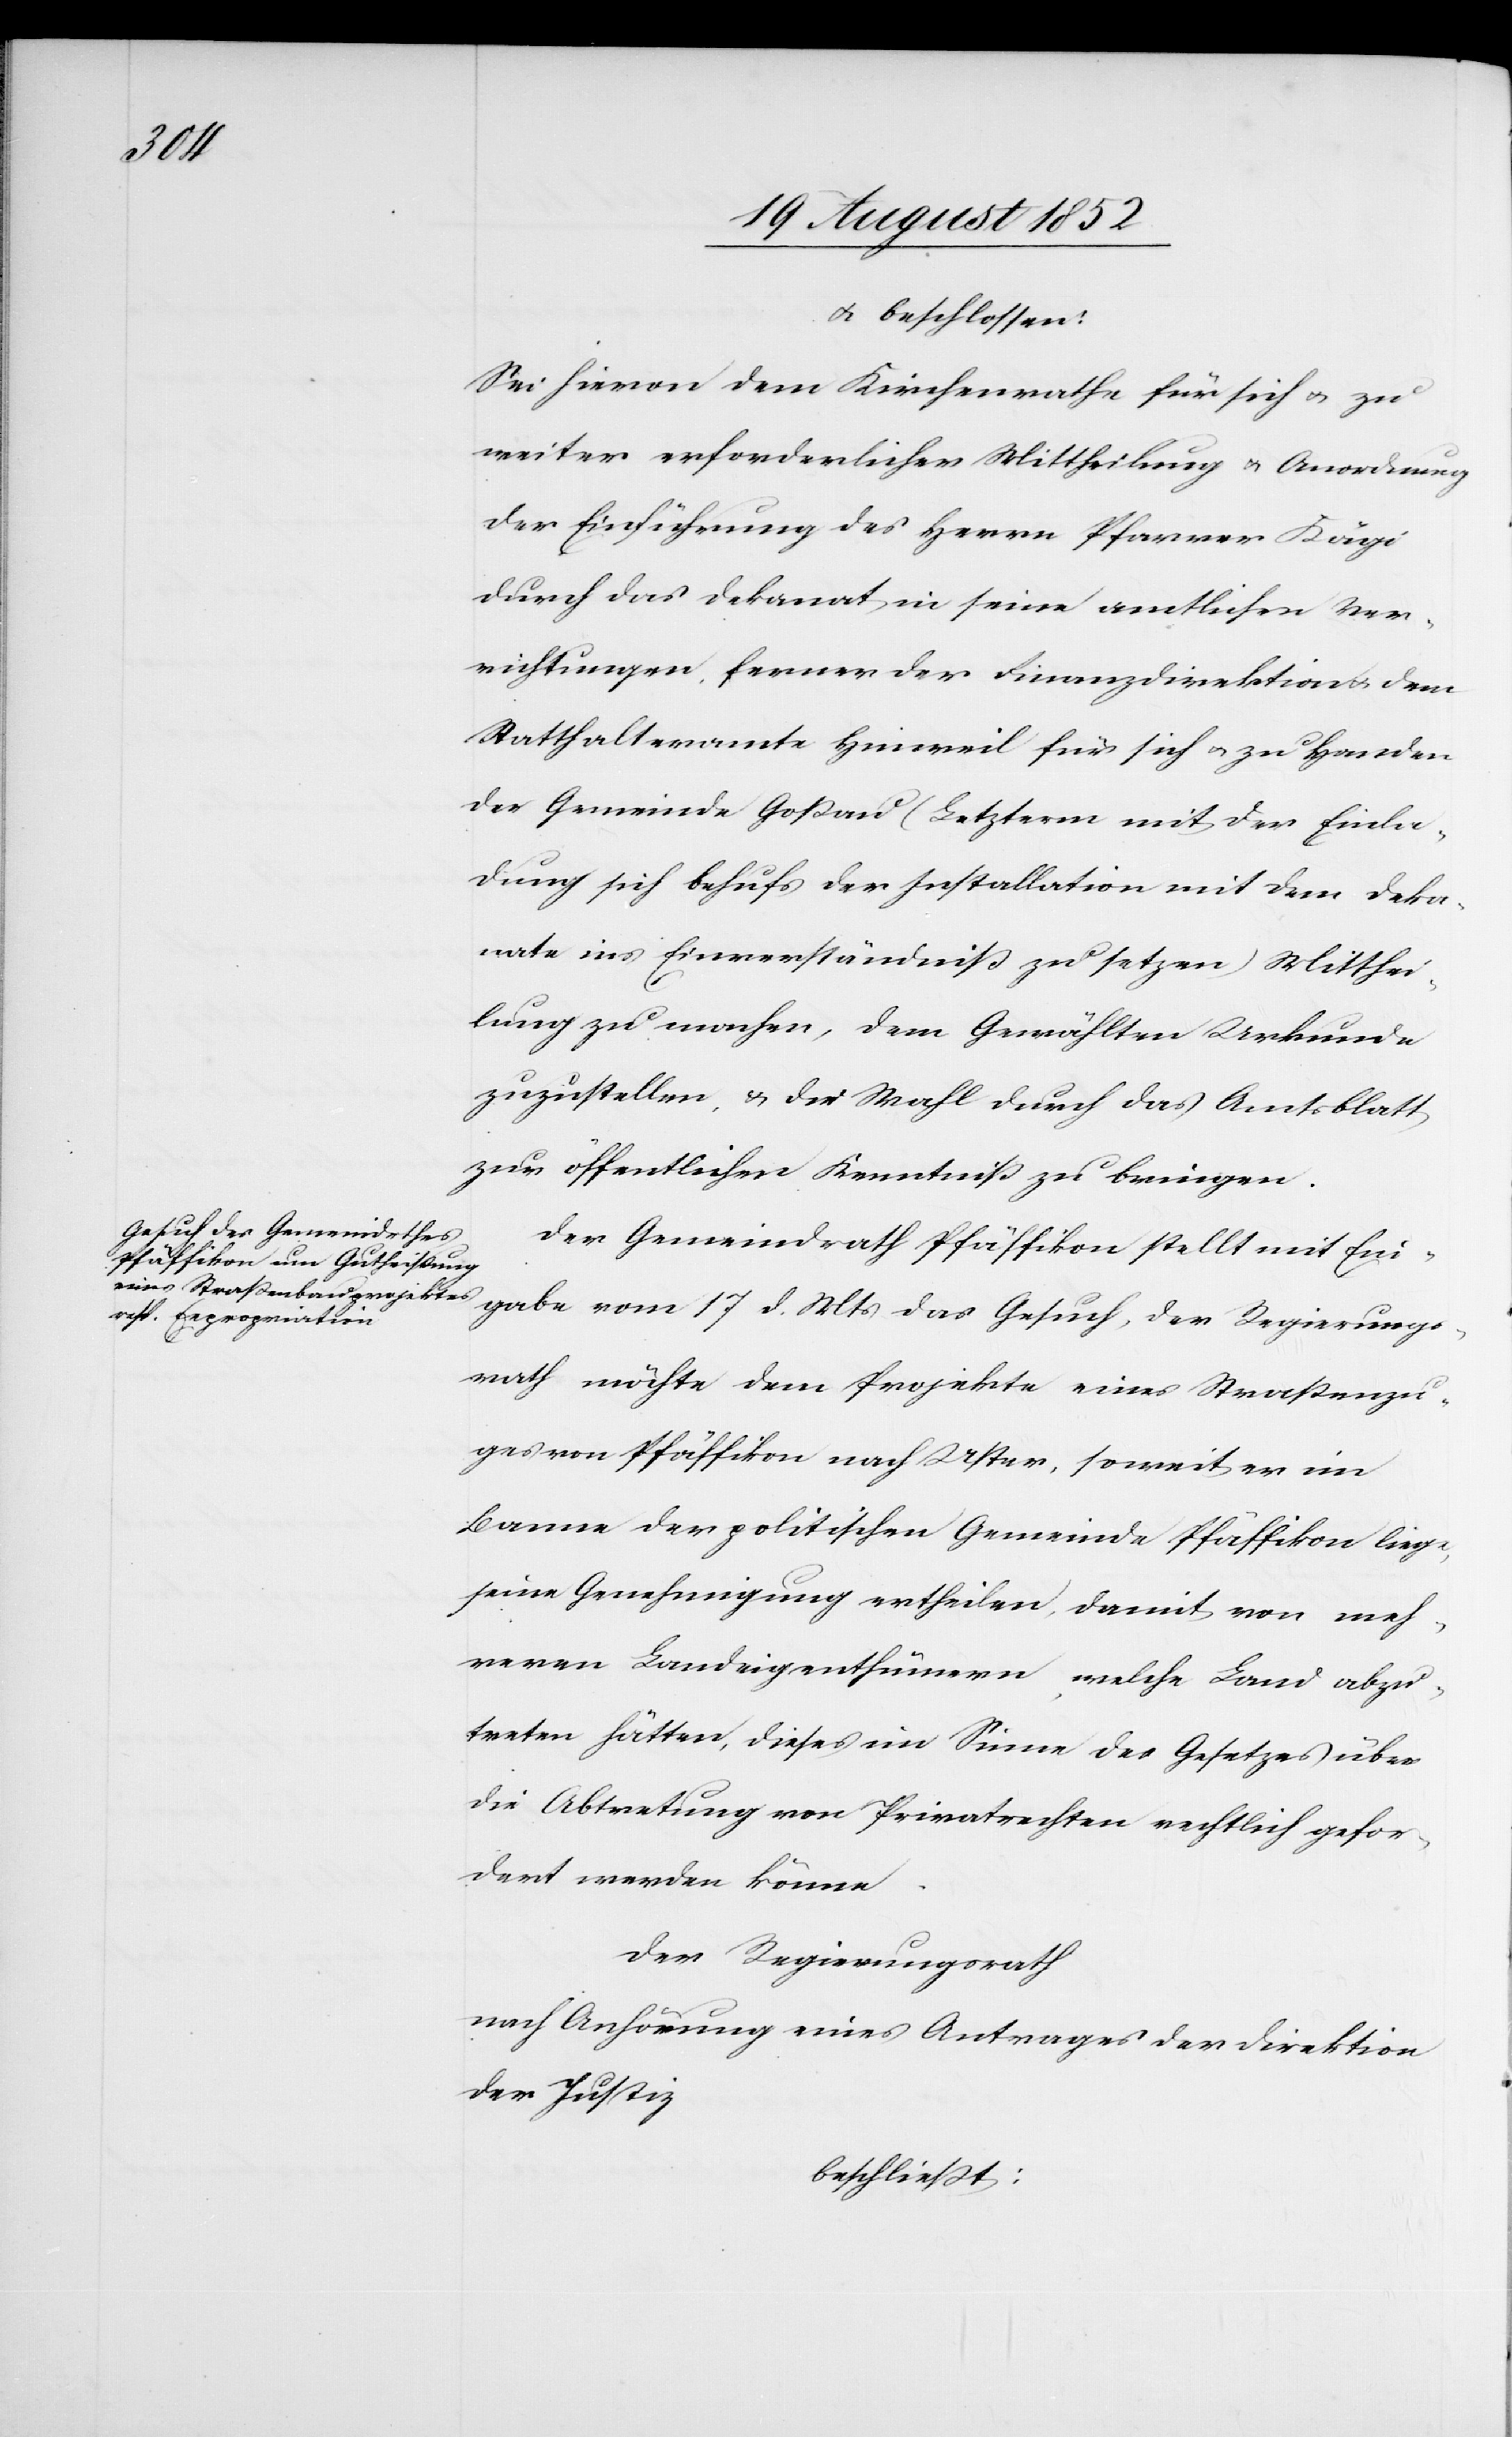
& beschlossen:
Sei hievon dem Kirchenrathe für sich & zu
weiter erforderlicher Mittheilung & Anordnung
der Einführung des Herrn Pfarrer Kägi
durch das Dekanat in seine amtlichen Ver¬
richtungen, ferner der Finanzdirektion & dem
Statthalteramte Hinweil für sich & zu Handen
der Gemeinde Goßau (Letzterm mit der Einla¬
dung sich behufs der Installation mit dem Deka¬
nate ins Einverständniß zu setzen) Mitthei¬
lung zu machen, dem Gewählten Urkunde
zuzustellen, & die Wahl durch das Amtsblatt
zur öffentlichen Kenntniß zu bringen.
Der Gemeindrath Pfäffikon stellt mit Ein¬
gabe vom 17 d. Mts das Gesuch, der Regierungs¬
rath möchte dem Projekte eines Straßenzu¬
ges von Pfäffikon nach Uster, soweit er im
Banne der politischen Gemeinde Pfäffikon liege,
seine Genehmigung ertheilen, damit von meh¬
reren Landeigenthümern, welche Land abzu¬
treten hätten, dieses im Sinne des Gesetzes über
die Abtretung von Privatrechten rechtlich gefor¬
dert werden könne.
Der Regierungsrath
nach Anhörung eines Antrages der Direktion
der Justiz
beschließt: